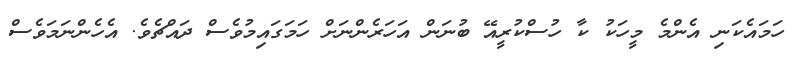
ހަމައެކަނި އެންމެ މީހަކު ކާ ހުސްކުރީއޭ ބުނަން އަހަރެންނަށް ހަމަގައިމުވެސް ދައްޗެވެ. އެހެންނަމަވެސް